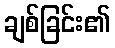
ချစ်ခြင်း၏